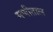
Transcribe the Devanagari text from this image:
मणीताल